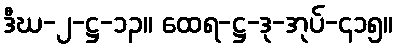
ဒီဃ-၂-ဋ္ဌ-၁၃။ ထေရ-ဋ္ဌ-ဒု-အုပ်-၄၁၅။